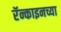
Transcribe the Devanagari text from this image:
रॅन्काइनच्या